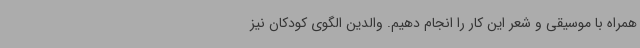
همراه با موسیقی و شعر این کار را انجام دهیم. والدین الگوی کودکان نیز